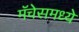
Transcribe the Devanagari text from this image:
मॅचेसमध्ये